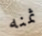
ثمنه